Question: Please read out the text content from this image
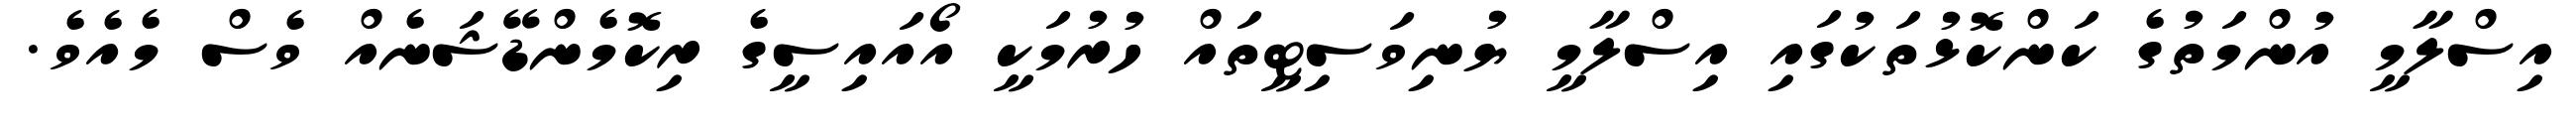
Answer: އިސްލާމީ އުންމަތުގެ ކަންކޮޅުތަކުގައި އިސްލާމީ ޔުނިވަސިޓީތައް ހުރުމަކީ އޯއައިސީގެ ރިކޮމެންޑޭޝަނެއް ވެސް މެއެވެ.